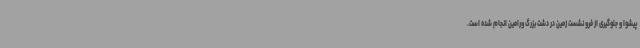
پیشوا و جلوگیری از فرو نشست زمین در دشت بزرگ ورامین انجام شده است.